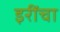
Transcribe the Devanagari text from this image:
इरींचा